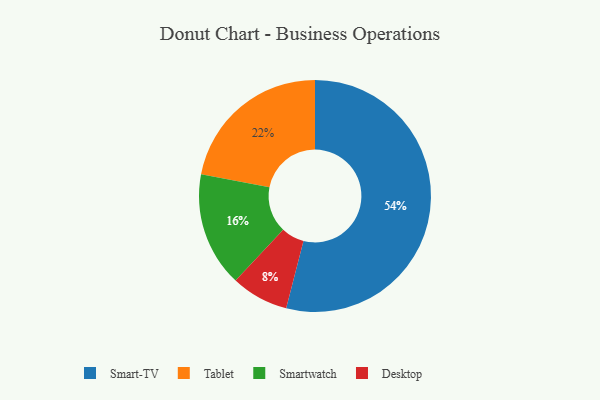
{"axis": {"x": "Category", "y": "Percentage"}, "legend": ["Desktop", "Smart-TV", "Smartwatch", "Tablet"], "data": [{"x": "Desktop", "y": 8, "type": "Desktop"}, {"x": "Tablet", "y": 22, "type": "Tablet"}, {"x": "Smartwatch", "y": 16, "type": "Smartwatch"}, {"x": "Smart-TV", "y": 54, "type": "Smart-TV"}]}